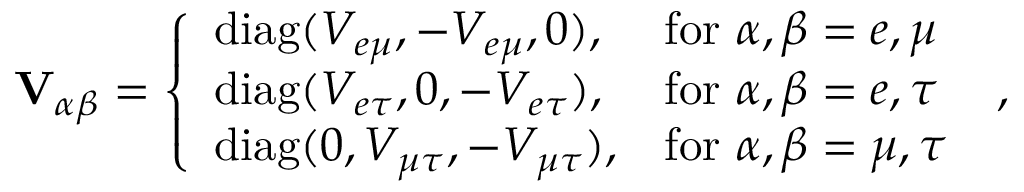
\mathbf { V } _ { \alpha \beta } = \left\{ \begin{array} { l l } { \mathrm { d i a g } ( V _ { e \mu } , - V _ { e \mu } , 0 ) , } & { \mathrm { f o r } ~ \alpha , \beta = e , \mu } \\ { \mathrm { d i a g } ( V _ { e \tau } , 0 , - V _ { e \tau } ) , } & { \mathrm { f o r } ~ \alpha , \beta = e , \tau } \\ { \mathrm { d i a g } ( 0 , V _ { \mu \tau } , - V _ { \mu \tau } ) , } & { \mathrm { f o r } ~ \alpha , \beta = \mu , \tau } \end{array} \right. \; ,